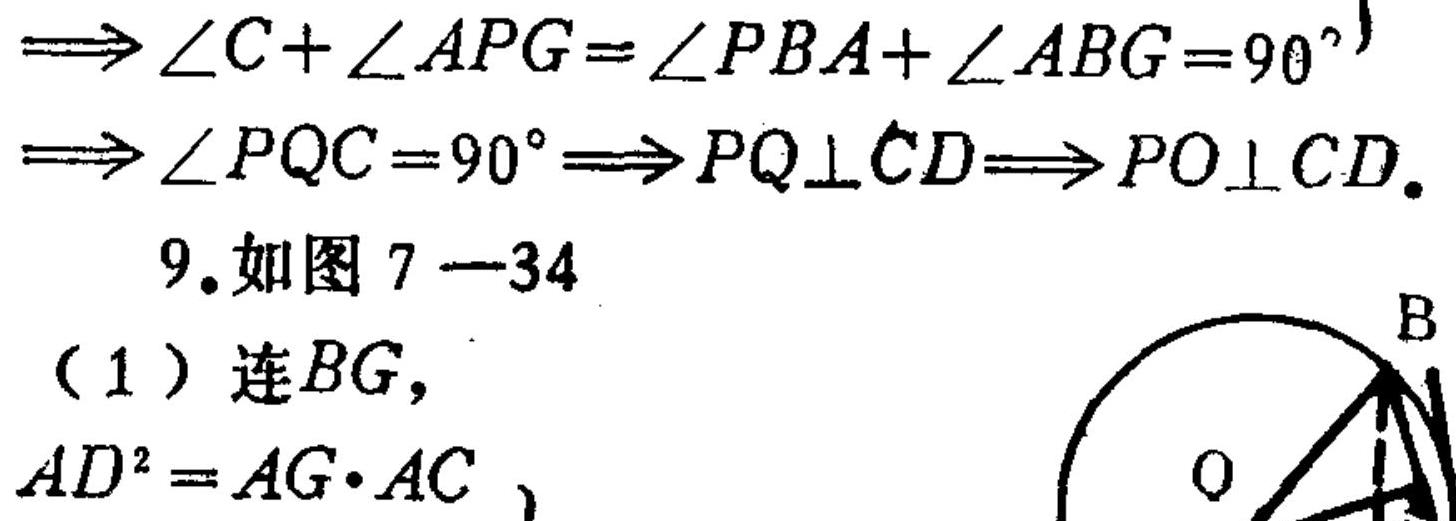
\[
\begin{align*}
&\Longrightarrow \angle C+\angle APG=\angle PBA + \angle ABG = 90^{\circ}\\
&\Longrightarrow \angle PQC = 90^{\circ}\Longrightarrow PQ\perp CD\Longrightarrow PO\perp CD.
\end{align*}
\]
9. 如图 7 - 34
（1）连 \(BG\)，
\(AD^{2}=AG\cdot AC\)